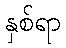
နှစ်ရာ